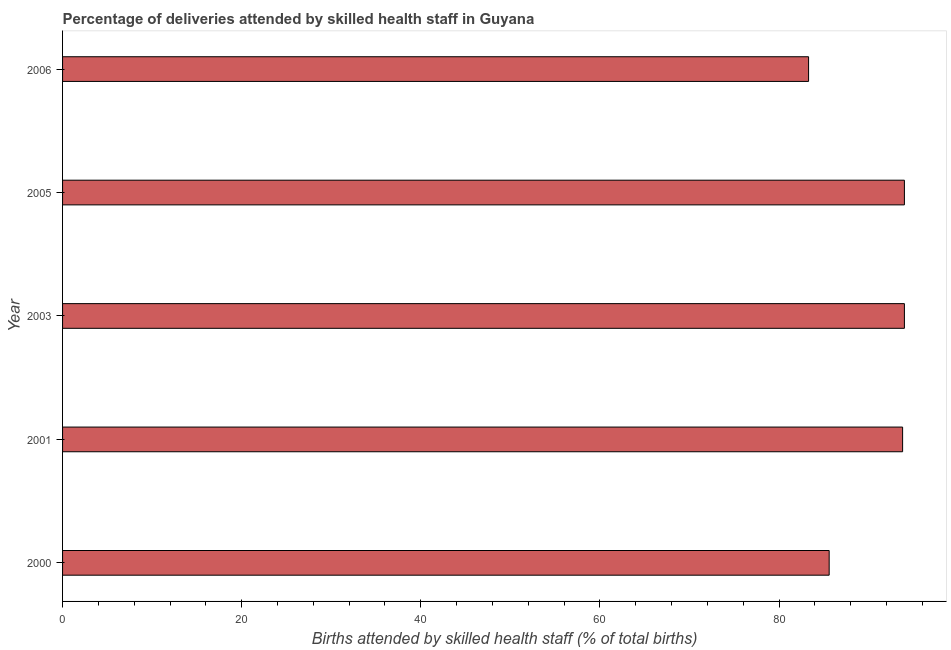
| Year | Births attended by skilled health staff |
 | --- | --- |
 | 2000 | 85.6 |
 | 2001 | 93.8 |
 | 2003 | 94 |
 | 2005 | 94 |
 | 2006 | 83.3 |